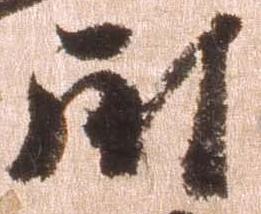
尉